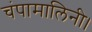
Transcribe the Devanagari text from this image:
चंपामालिनी।